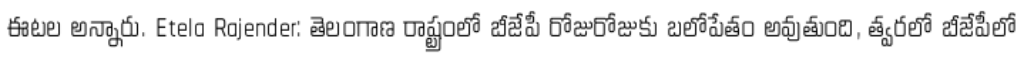
ఈటల అన్నారు. Etela Rajender: తెలంగాణ రాష్ట్రంలో బీజేపీ రోజురోజుకు బలోపేతం అవుతుంది, త్వరలో బీజేపీలో